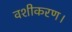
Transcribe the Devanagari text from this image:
वशीकरण।